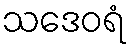
သဒေဝရံ